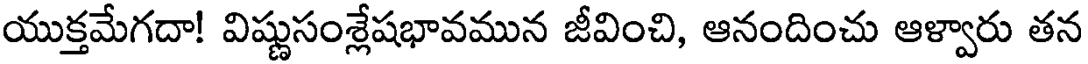
యుక్తమేగదా! విష్ణుసంశ్లేషభావమున జీవించి, ఆనందించు ఆళ్వారు తన